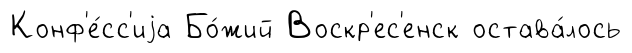
Конф'е́сс'иjа Бо́жий Воскр'ес'енск остава́лось